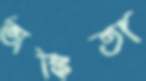
অঙ্কিতা